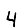
Digit: 4